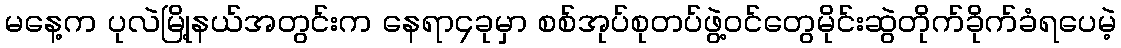
မနေ့က ပုလဲမြို့နယ်အတွင်းက နေရာ၄ခုမှာ စစ်အုပ်စုတပ်ဖွဲ့ဝင်တွေမိုင်းဆွဲတိုက်ခိုက်ခံရပေမဲ့